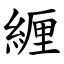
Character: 緾